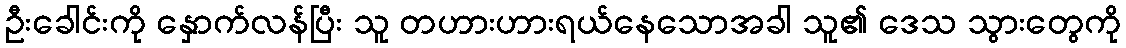
ဦးခေါင်းကို နှောက်လန်ပြီး သူ တဟားဟားရယ်နေသောအခါ သူ၏ ဒေသ သွားတွေကို